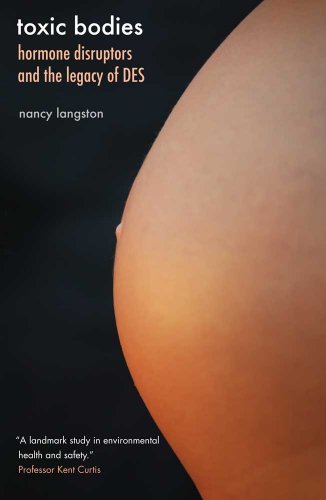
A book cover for Toxic Bodies: Hormone Disruptors and the Legacy of DES; Nancy Langston; Medical Books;